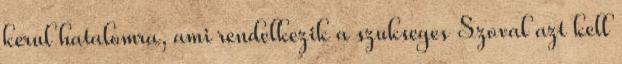
kerul hatalomra, ami rendelkezik a szukseges Szoval azt kell